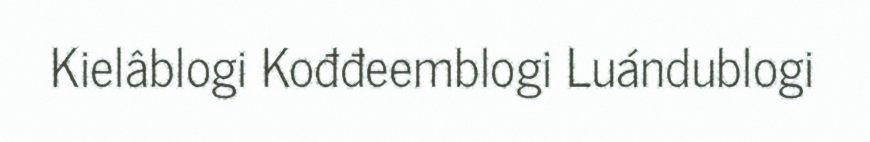
Kielâblogi Kođđeemblogi Luándublogi